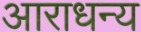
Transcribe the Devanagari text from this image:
आराधन्य